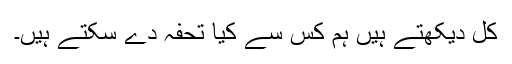
کل دیکھتے ہیں ہم کس سے کیا تحفہ دے سکتے ہیں۔